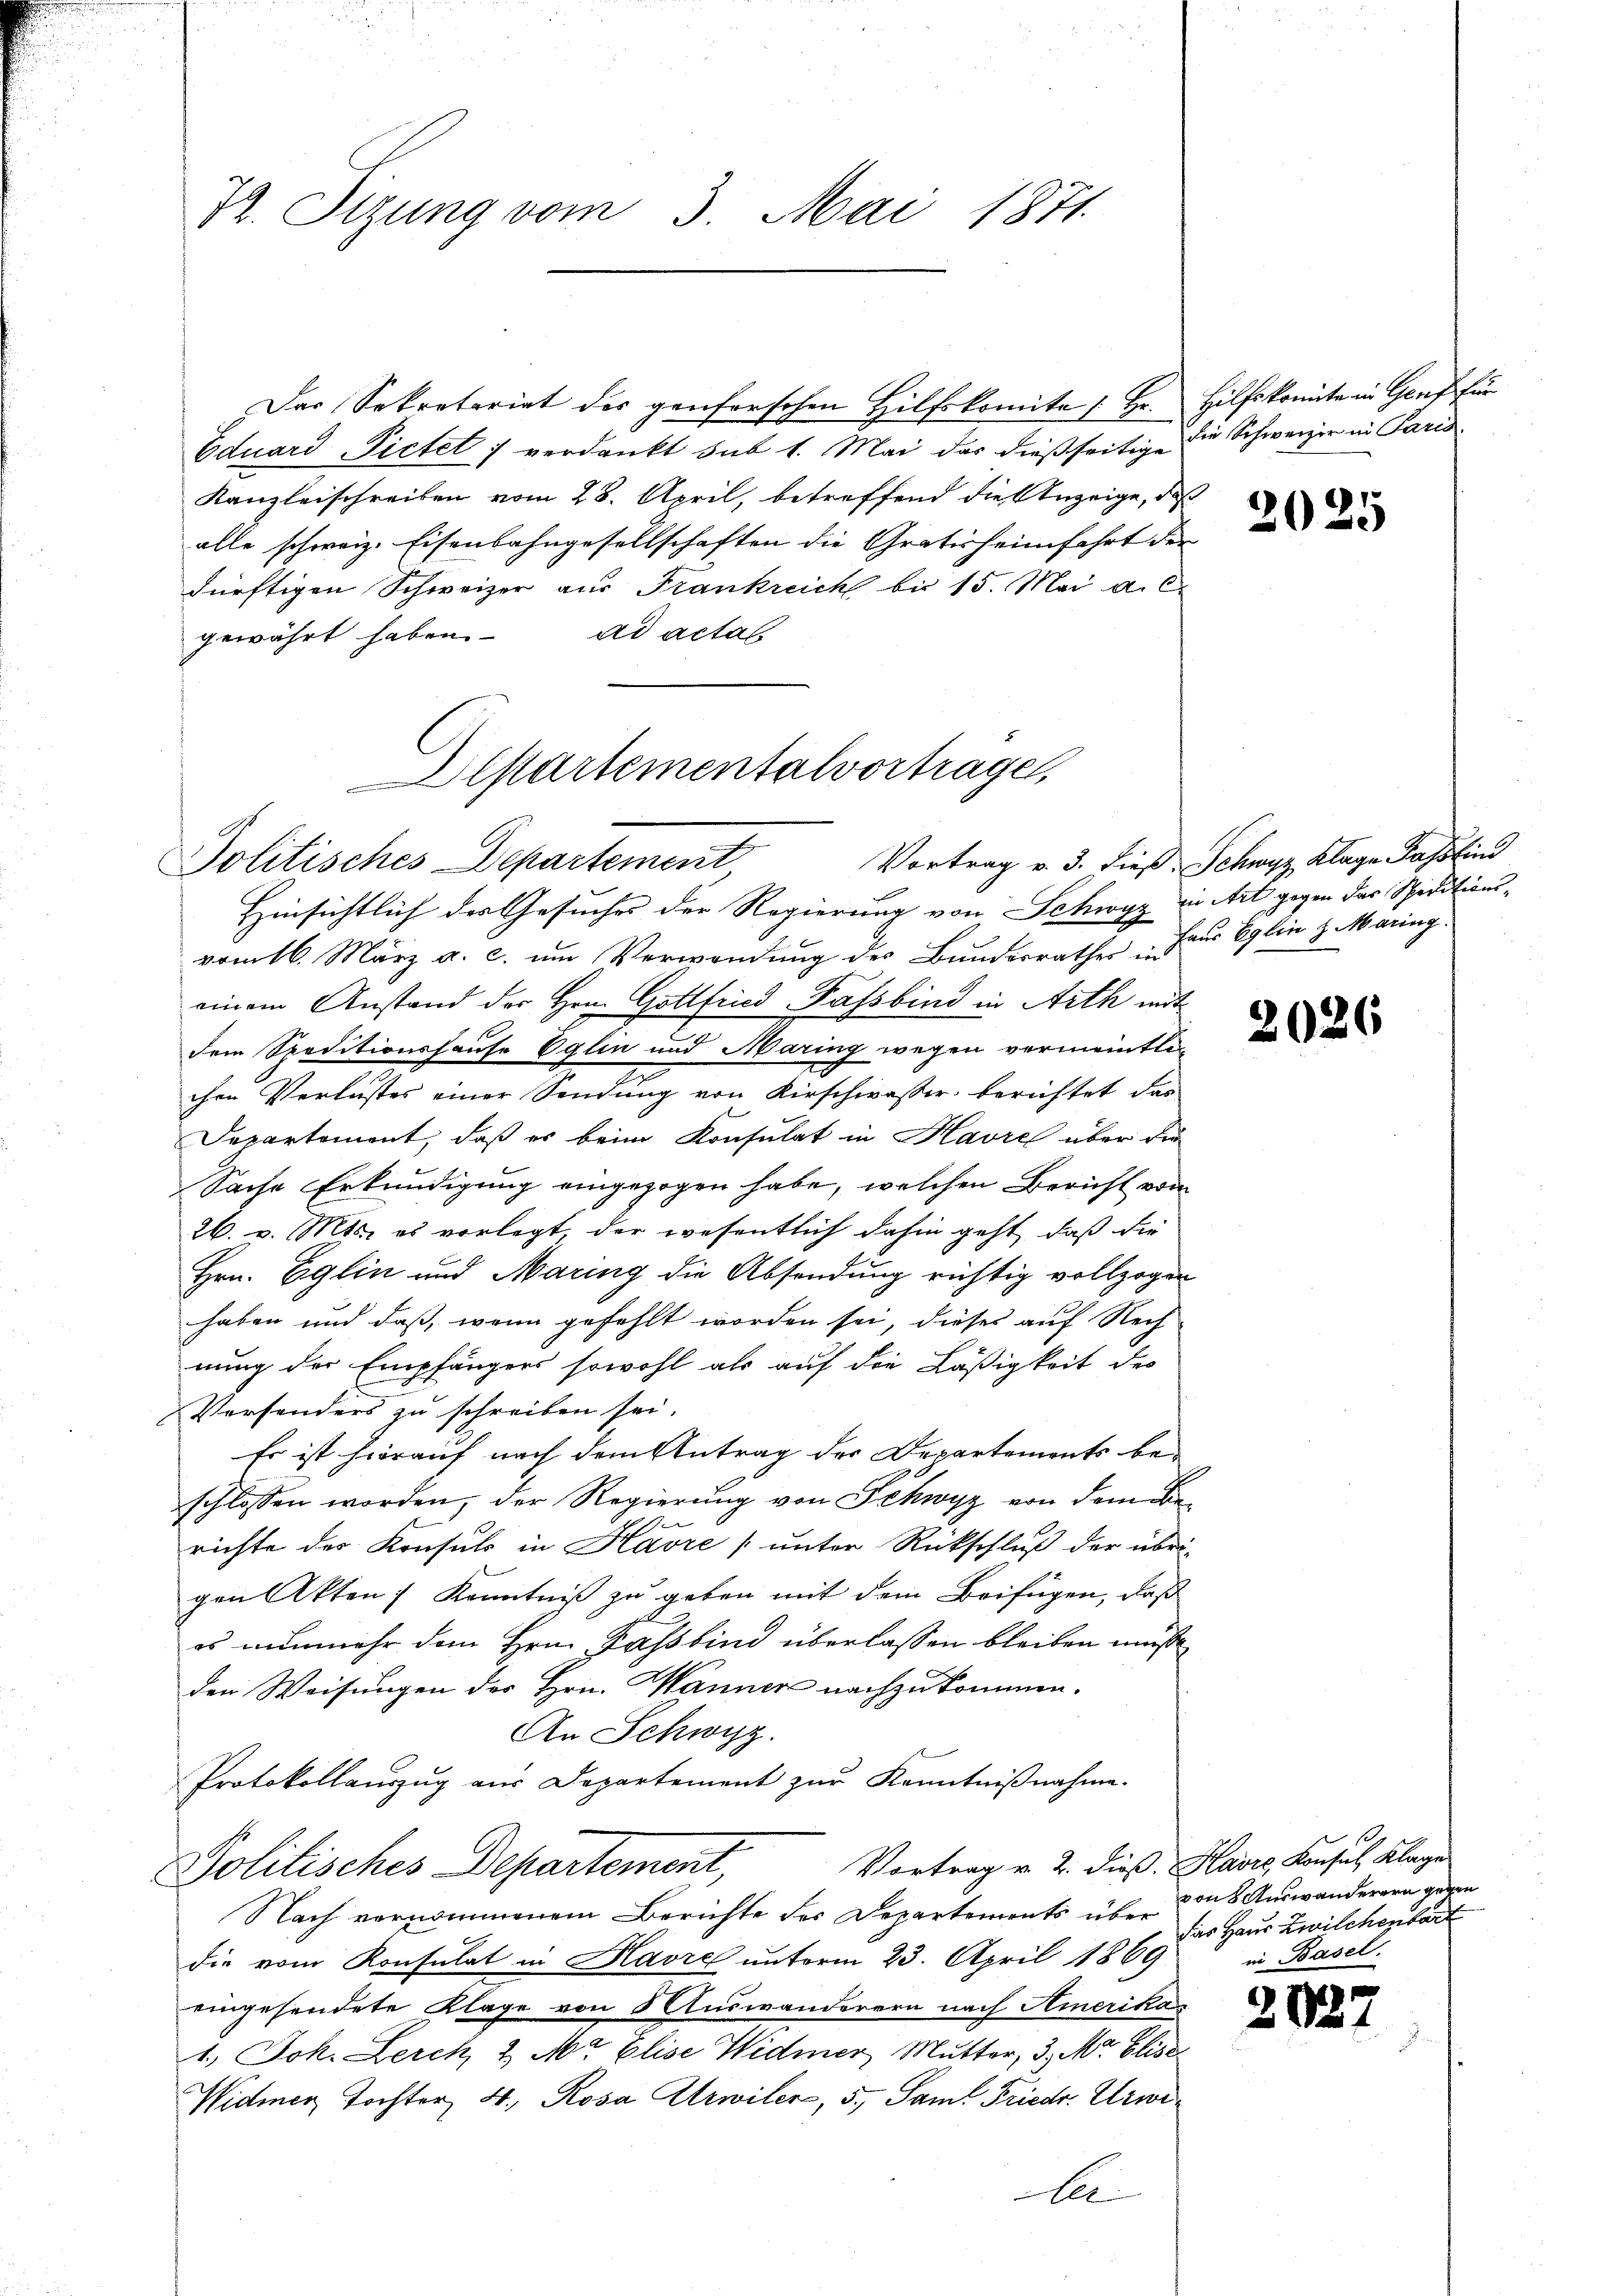
72. Sizung vom 3. Mai 1871.

Der Sekretariat der genforschen Hilfskomita [Hr. Hilfskomite in Genf für
Eduard Pictet; verdankt sub 1. Mai das dießseitige die Schweizer in Paris
Kanzleischreiben vom 28. April, betreffend die Anzeige, daß
alle schweiz. Eisenbahngesellschaften die Gratisheimfahrt der
dürftigen Schweizer aus Frankreich bis 15. Mai a. c.
ad actas
gewährt haben.
Hinsichtlich des Gesuches der Regierung von Schwyz in Art gegen das Spiritions-
vom 16. März a. c. um Verwendung des Bundesrather Farr Eglin z. Märing
einem Anstand der Hrn. Gottfried Fassbind in Arth mit
dem Speditionshause Eglin und Maring wegen vermeintli
chen Verlustes einer Sendung von Kirschwasser berichtet das
Departement, daß es beim Konsulat in Havre über die
Sache Erkundigung eingezogen habe, welchen Bericht von
26. v. Mts. es vorlegt, der wesentlich dahin geht, daß die
Hrn. Eglin und Maring die Absendung richtig vollzogen
haben und daß, wenn gefehlt worden sei, dieses auf Rech
nung der Empfängers sowohl als auf die Läßigkeit des
Versonders zu schreiben sei.
Es ist hierauf nach dem Antrag der Departements be-
schlossen worden, der Regierung von Schwyz von dem Be¬
1
richte des Konsuls in Havre (unter Rückschluß der übri-
gen Akten) Kenntniß zu geben mit dem Beifügen, daß
es nunmehr dem Hrn. Fassbind überlassen bleiben müsse
den Weisungen des Hrn. Wanner nachzukommen.
An Schwyz.
Protokollauszug aus Departement zur Kenntnißnahme.
Vortrag v. 2. dieß. Havre, Konsul Klage
Politisches Departement,
Nach vernommenem Berichte des Departements über
die vom Konsulat in Havre unterm 23. April 1869
eingesendete Klage von Auswanderern nach Amerika
1.) Joh. Lerch, 2 Mt Elise Widmer Mutter, 3. Mo. Elise
Widmer Tochter 4. Rosa Urwiler, 5. Samt Friedr. Urwit

Departementalvortrage,
Politisches Departement

2025

Vortrag v. 3. dieß Schwyz, Klage dass find

2026

von 8 Auswanderern gegen
das Haus Zwilchenbart
in Basel.

20.